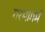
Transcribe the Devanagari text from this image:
गरमागर्म